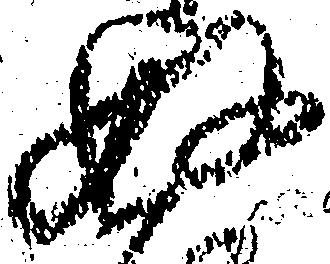
奴